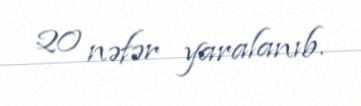
20 nəfər yaralanıb.